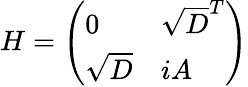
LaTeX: H={\left(\begin{array}{ll}{0}&{\sqrt{D}^{T}}\\ {\sqrt{D}}&{iA}\end{array}\right)}